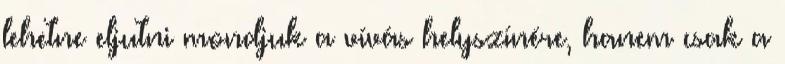
lehetne eljutni mondjuk a vívás helyszínére, hanem csak a